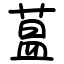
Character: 蒀